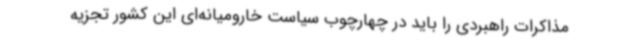
مذاکرات راهبردی را باید در چهارچوب سیاست خارومیانه‌ای این کشور تجزیه